system: You are a helpful assistant.
user:
Analyze the provided spectrum to determine if it is a **S-type Star**.

- **Key Indicators for S-type Star:**

    - **(Overall Spectrum Shape):** The first and most obvious characteristic is the overall continuum (the "baseline" shape). It is **extremely "red-sloping,"** meaning the flux (light intensity) is very low on the left side (blue, ~4000-4500 Å) and rises steeply and continuously toward the right side (red, ~7000 Å+).

    - **(Primary):** The spectrum is defined by the presence of strong, broad molecular absorption "valleys" (bands) from **Zirconium Oxide (ZrO)**. The identification of these bands is the **primary requirement** for classifying a star as S-type.
        - **(Key Bandheads):** You must find distinct, deep "dips" where the light has been absorbed. The most critical band systems to locate are:
            - **~6474 Å** ($\gamma$-system): This is often the strongest and clearest ZrO feature, found in the red part of the spectrum.
            - **~5718 Å** & **~5551 Å** ($\beta$-system): A pair of prominent absorption features in the yellow-orange part of the spectrum.
            - **~4640 Å** ($\alpha$-system): A key absorption band system in the blue-green region of the spectrum.

    - **(Secondary Confirmation):** The classification is strengthened by finding additional absorption bands from other related heavy element oxides, which are expected to be present alongside ZrO.
        - **(Key Bandheads):**
            - **Yttrium Oxide (YO):** Look for absorption dips near **~4800 Å** and **~6100 Å**.
            - **Lanthanum Oxide (LaO):** Additional absorption features, particularly in the red-orange part of the spectrum, are also characteristic.

    - **(Line Profile):** The combination of the steep red continuum and these numerous, deep molecular bands (ZrO, YO, etc.) gives the entire spectrum a very **"chopped-up"** or **"bumpy"** appearance. Instead of a smooth curve, the spectrum looks as though large, wide chunks of light have been "carved out" of it at the specific wavelengths listed above.

Think first, call **spectral_visualization_tool** if needed to examine features in detail, then provide your final answer. Your response must adhere to the following strict rules:
1.  **Overall Structure:** Your response must follow the format `<think>...</think> <tool_call>...</tool_call> (if a tool is used) <answer>...</answer>`.
2.  **Tool Usage Constraint:** You may only make **one** tool call per turn.
3.  **Final Answer Format:** In the `<answer>` tag, your conclusion must be inside a `\boxed{}` command (e.g., `\boxed{YES}` or `\boxed{NO}`), followed by your justification.

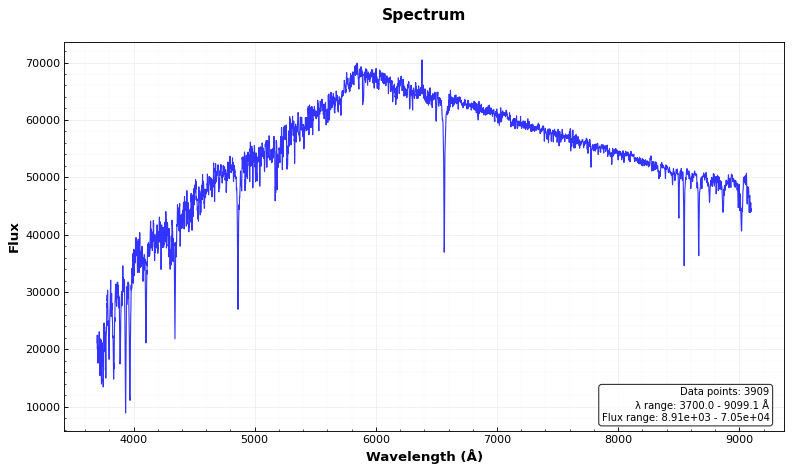
Answer: NO